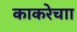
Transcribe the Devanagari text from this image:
काकरेचाा